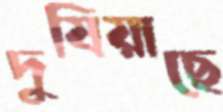
দুষিয়াছে